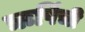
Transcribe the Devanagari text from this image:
ऋषिंची